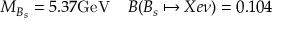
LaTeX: M _ { B _ { s } } = 5 . 3 7 \mathrm { G e V } \; \; \; \; B ( B _ { s } \mapsto X e \nu ) = 0 . 1 0 4